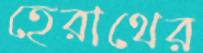
হেরাথের